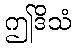
ဤဒိသံ